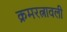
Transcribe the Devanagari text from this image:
क्रमरत्नावली